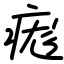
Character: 痝